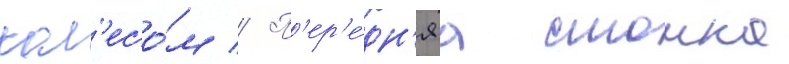
кол'есо́м // П'ер'е́дн'яа стоика